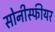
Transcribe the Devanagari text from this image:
सोनीस्फीयर